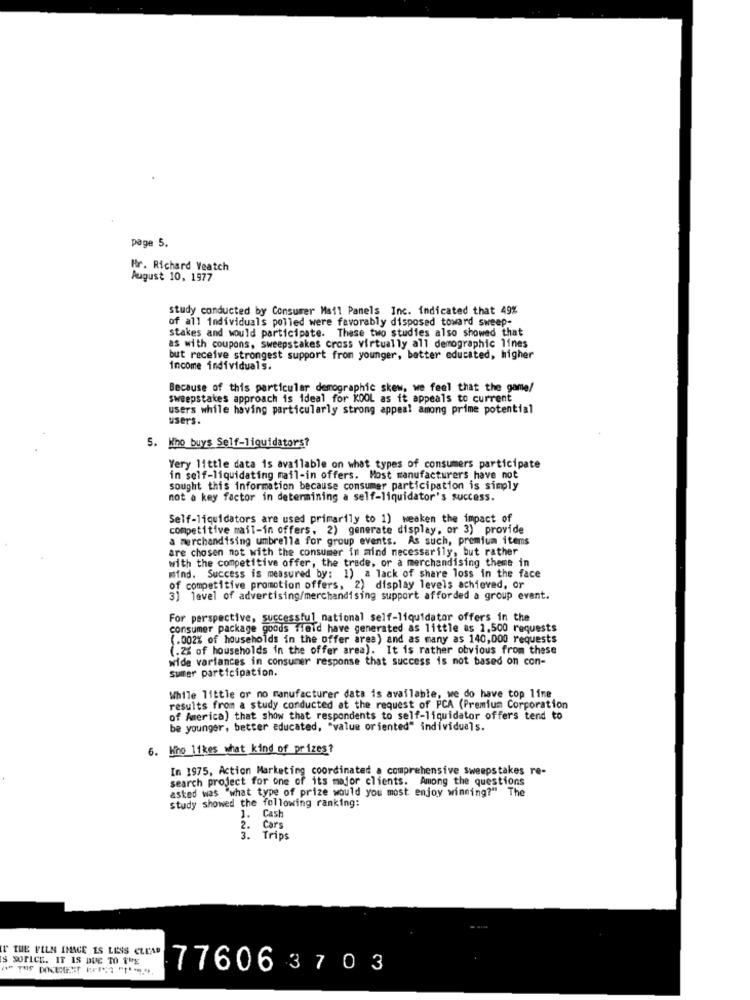
page 5.
Hr. Richard Veatch
August 10, 1977
study conducted by Consumer Mail Panels Inc. indicated that 49%
of all individuals polled were favorably disposed toward sweep-
stakes and would participate. These two studies also showed that
as with coupons, sweepstakes cross virtually all demographic lines
but receive strongest support from younger, batter educated, higher
income individuals.
Because of this particular demographic skew, we feel that the game/
sweepstakes approach is ideal for KOOL as it appeals to current
users while having particularly strong appeal among prime potential
users.
S. Who buys Self-liquidators?
Very little data is available on what types of consumers participate
in self-liquidating mail-in offers. Most manufacturers have not
sought this information because consumer participation is simply
not a key factor in determining a self-liquidator's success.
Self-liquidators are used primarily to 1) weaken the impact of
competitive mail-in offers. 2) generate display, or 3) provide
a merchandising umbrella for group events. As such, premium items
are chosen not with the consumer in mind necessarily, but rather
with the competitive offer, the trade, or a merchandising theme in
mind. Success is measured by: 1) a lack of share loss in the face
of competitive promotion offers, 2) display levels achieved, or
3) level of advertising/merchandising support afforded a group event.
For perspective, successful national self-liquidator offers in the
consumer package goods field have generated as little as 1.500 requests
(.002% of households in the offer area) and as many as 140,000 requests
(.2% of households in the offer area). It is rather obvious from these
wide variances in consumer response that success is not based on con-
sumer participation.
While little or no manufacturer data is available, we do have top line
results from a study conducted at the request of PCA (Premium Corporation
of America) that show that respondents to self-liquidator offers tend to
be younger, better educated, "value oriented" individuals.
6. Kho 11kes what kind of prizes?
In 1975, Action Marketing coordinated a comprehensive sweepstakes re-
search project for one of its major clients. Among the questions
asked was "what type of prize would you most enjoy winning?" The
study showed the following ranking:
1. Cash
2. Cars
3.
Trips
" THE FILM IMAGE IS LESS CLEAR
IS SOFLCE. IT IS DUE TO THE
776063703